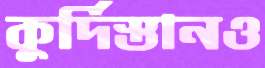
কুর্দিস্তানও